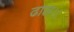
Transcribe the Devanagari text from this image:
ढाल।।